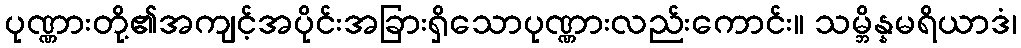
ပုဏ္ဏားတို့၏အကျင့်အပိုင်းအခြားရှိသောပုဏ္ဏားလည်းကောင်း။ သမ္ဘိန္နမရိယာဒံ၊